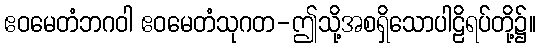
ဧဝမေတံဘဂဝါ ဧဝမေတံသုဂတ-ဤသို့အစရှိသောပါဠိရပ်တို့၌။